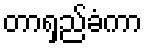
တာရှည်ခံကာ